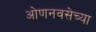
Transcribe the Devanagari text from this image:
ओणनवसेच्या